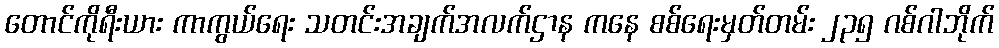
တောင်ကိုရီးယား ကာကွယ်ရေး သတင်းအချက်အလက်ဌာန ကနေ စစ်ရေးမှတ်တမ်း ၂၃၅ ဂစ်ဂါဘိုက်